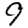
Digit: 9